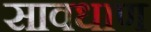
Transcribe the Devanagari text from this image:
सावधाण